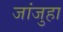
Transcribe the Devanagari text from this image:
जांजुहा